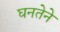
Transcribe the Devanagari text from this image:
घनतेने